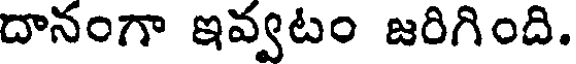
దానంగా ఇవ్వటం జరిగింది.